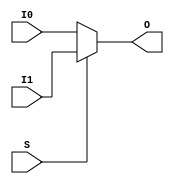
// This program was cloned from: https://github.com/Xilinx/XilinxUnisimLibrary
// License: Apache License 2.0

///////////////////////////////////////////////////////////////////////////////
//    Copyright (c) 1995/2009 Xilinx, Inc.
// 
//    Licensed under the Apache License, Version 2.0 (the "License");
//    you may not use this file except in compliance with the License.
//    You may obtain a copy of the License at
// 
//        http://www.apache.org/licenses/LICENSE-2.0
// 
//    Unless required by applicable law or agreed to in writing, software
//    distributed under the License is distributed on an "AS IS" BASIS,
//    WITHOUT WARRANTIES OR CONDITIONS OF ANY KIND, either express or implied.
//    See the License for the specific language governing permissions and
//    limitations under the License.
///////////////////////////////////////////////////////////////////////////////
//   ____  ____
//  /   /\/   /
// /___/  \  /    Vendor : Xilinx
// \   \   \/     Version : 10.1
//  \   \         Description : Xilinx Functional Simulation Library Component
//  /   /                  2-to-1 Lookup Table Multiplexer with General Output
// /___/   /\     Filename : MUXF8.v
// \   \  /  \    Timestamp : Thu Mar 25 16:42:56 PST 2004
//  \___\/\___\
//
// Revision:
//    03/23/04 - Initial version.
//    02/04/05 - Rev 0.0.1 Remove input/output bufs; Remove unnessasary begin/end;
//    05/10/07 - When input same, output same for any sel value. (CR434611).
//    08/23/07 - User block statement (CR446704).
//    12/13/11 - Added `celldefine and `endcelldefine (CR 524859).
// End Revision

`timescale  1 ps / 1 ps


`celldefine

module MUXF8 (O, I0, I1, S);


`ifdef XIL_TIMING

    parameter LOC = "UNPLACED";

`endif

    
    output O;
    input I0, I1, S;
    
    reg O_out;

    always @(I0 or I1 or S) 
        if (S)
	    O_out = I1;
	else
	    O_out = I0;
    
    assign O = O_out;
    
`ifdef XIL_TIMING

    specify
                                                                                 
        (I0 => O) = (0:0:0, 0:0:0);
        (I1 => O) = (0:0:0, 0:0:0);
	(S => O) = (0:0:0, 0:0:0);
        specparam PATHPULSE$ = 0;
                                                                                 
    endspecify

`endif
    
endmodule

`endcelldefine